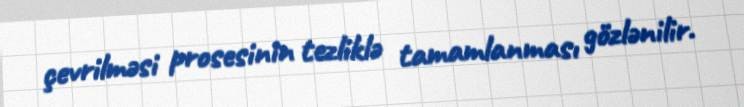
çevrilməsi prosesinin tezliklə tamamlanması gözlənilir.